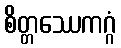
စိတ္တဿေကဂ္ဂံ